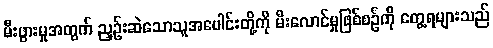
မီးဖွားမှုအတွက် ညှဉ်းဆဲသောသူအပေါင်းတို့ကို မီးလောင်မှုဖြစ်စဉ်ကို တွေ့ရများသည်